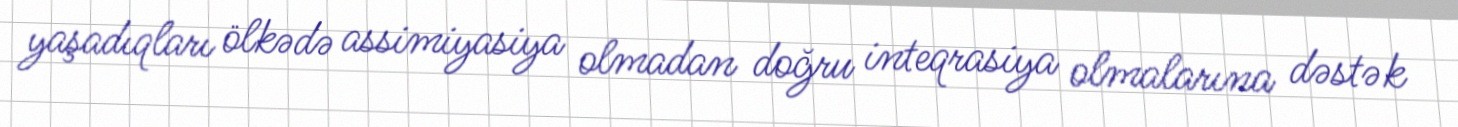
yaşadıqları ölkədə assimiyasiya olmadan doğru inteqrasiya olmalarına dəstək